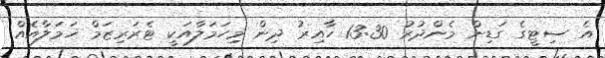
އެ ސިޓީގެ ގަޑިން މެންދުރު 13:30 ހާއިރު ދިން މިހަމަލާއަކީ ޓެރަރިޒަމް ޚަމަލާއެއް